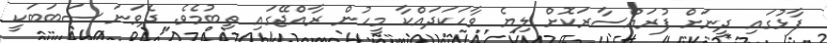
ފާޅުގައި ދީނަށް ފުރައްސާރަކޮށް ލިޔެ ވާހަކަދައްކާ މީހުން ރާއްޖޭގައި ތިބުމެވެ. ދެވަނަ ސަބަބަކީ